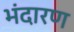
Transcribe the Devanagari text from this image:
भंदारण